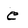
Character: e